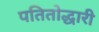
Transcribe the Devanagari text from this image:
पतितोद्धारी